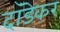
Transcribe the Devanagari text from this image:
दांडॆकर